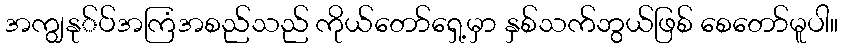
အကျွနု်ပ်အကြံအစည်သည် ကိုယ်တော်ရှေ့မှာ နှစ်သက်ဘွယ်ဖြစ် စေတော်မူပါ။